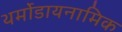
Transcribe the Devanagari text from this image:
थर्मोडायनामिक